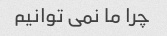
چرا ما نمی توانیم